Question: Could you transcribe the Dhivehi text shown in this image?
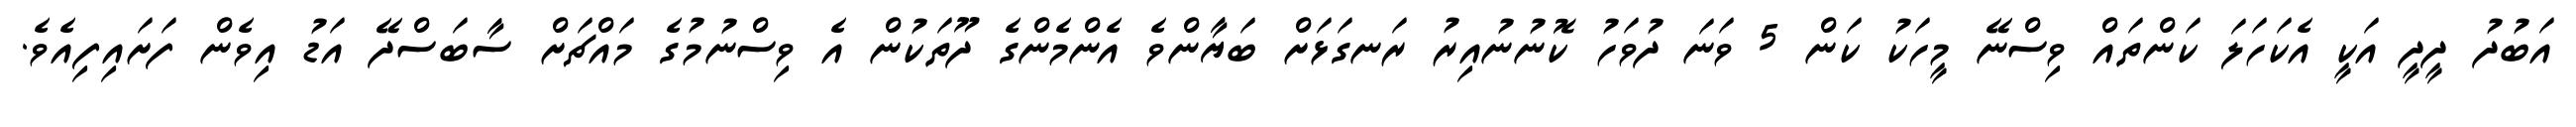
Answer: އަބުދު ދީދީ އަކީ އެކަހަލަ ކަންތައް ވިސްނޭ މީހަކު ކަން 5 ވަނަ ދުވަހު ކޮނުނުއިރު ރަނގަޅަށް ބަޔާންވެ އެންމެންގެ ދޫތަކުން އެ ވިސްނުމުގެ މައްޗަށް ސާބަސްދޭ އަޑު އިވެން ފަށައިފިއެވެ.